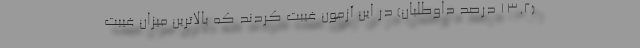
(13.2 درصد داوطلبان) در این آزمون غیبت کردند که بالاترین میزان غیبت